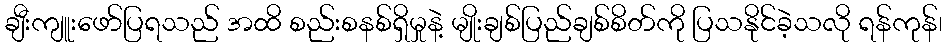
ချီးကျူးဖော်ပြရသည် အထိ စည်းစနစ်ရှိမှုနဲ့ မျိုးချစ်ပြည်ချစ်စိတ်ကို ပြသနိုင်ခဲ့သလို ရန်ကုန်၊